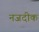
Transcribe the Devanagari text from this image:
नजदीक